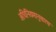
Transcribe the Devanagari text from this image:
अधिनियमानुसारच